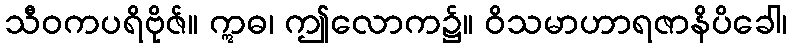
သီဝကပရိဗိုဇ်။ ဣဓ၊ ဤလောက၌။ ဝိသမာဟာရဇာနိပိခေါ၊